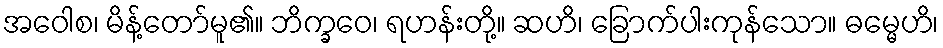
အဝေါစ၊ မိန့်တော်မူ၏။ ဘိက္ခဝေ၊ ရဟန်းတို့။ ဆဟိ၊ ခြောက်ပါးကုန်သော။ ဓမ္မေဟိ၊